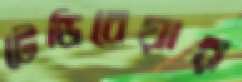
টেডিবেয়ার